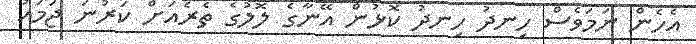
އެހެން ނަމަވެސް ހިނދު ހިނދު ކޮޅުން އޭނާގެ ލޮލުގެ ތެރެއަށް ކަރުނަ ޖަމައު